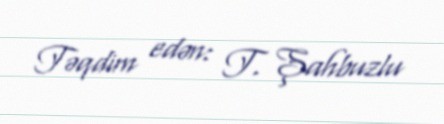
Təqdim edən: T. Şahbuzlu